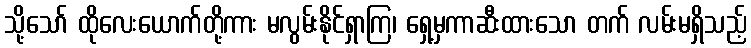
သို့သော် ထိုလေးယောက်တို့ကား မလွမ်းနိုင်ရှာကြ၊ ရှေ့မှကာဆီးထားသော တက် လမ်းမရှိသည့်